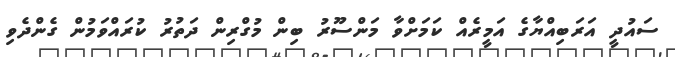
ސައުދީ އަރަބިއްޔާގެ އަމީރެއް ކަމަށްވާ މަންސޫރު ބިން މުގްރިން ދަތުރު ކުރައްވަމުން ގެންދެވި